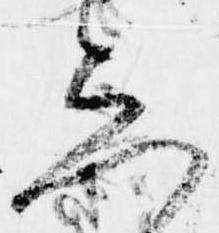
し